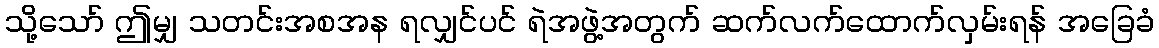
သို့သော် ဤမျှ သတင်းအစအန ရလျှင်ပင် ရဲအဖွဲ့အတွက် ဆက်လက်ထောက်လှမ်းရန် အခြေခံ